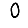
Digit: 0